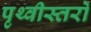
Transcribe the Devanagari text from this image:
पृथ्वीस्तरों